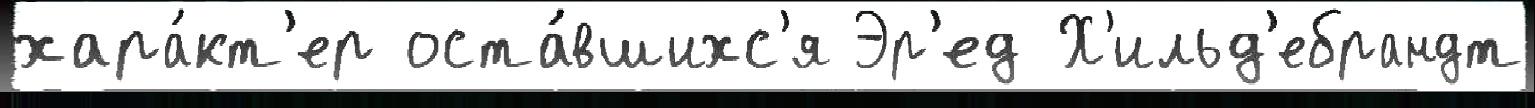
хара́кт'ер оста́вшихс'я Эр'ед Х'ильд'ебрандт